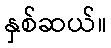
နှစ်ဆယ်။